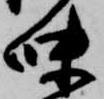
味